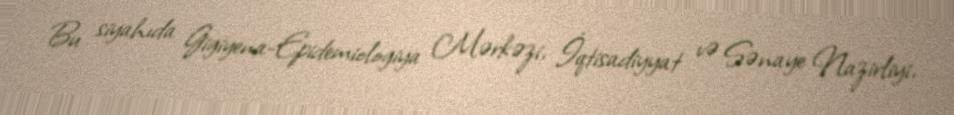
Bu siyahıda Gigiyena-Epidemiologiya Mərkəzi, İqtisadiyyat və Sənaye Nazirliyi,